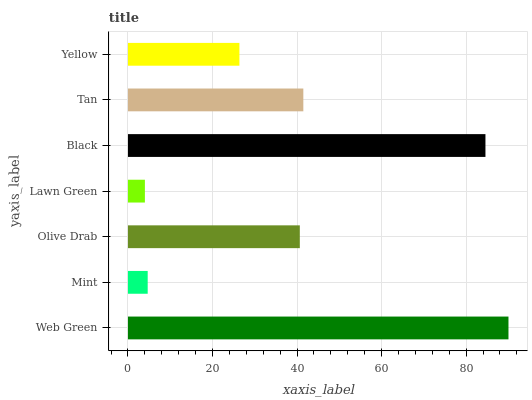
| yaxis_label | bars |
 | --- | --- |
 | Web Green | 90 |
 | Mint | 4.67 |
 | Olive Drab | 40.7 |
 | Lawn Green | 4.01 |
 | Black | 84.6 |
 | Tan | 41.5 |
 | Yellow | 26.4 |